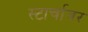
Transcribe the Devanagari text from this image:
स्टार्चावर